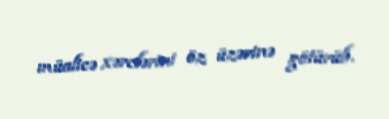
müalicə xərclərini öz üzərinə götürüb.